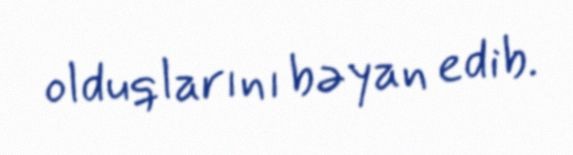
olduqlarını bəyan edib.